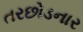
તરછોડનાર